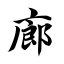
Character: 廊